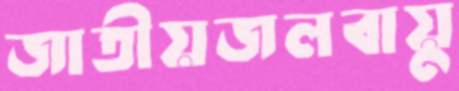
জাতীয়জলবায়ু